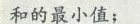
和的最小值；